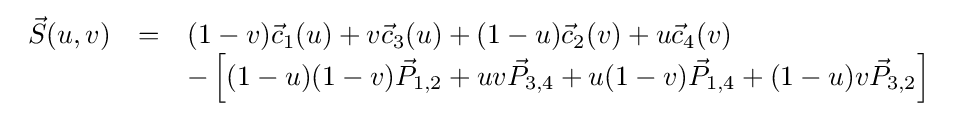
{\begin{array}{rcl}{\vec {S}}(u,v)&=&(1-v){\vec {c}}_{1}(u)+v{\vec {c}}_{3}(u)+(1-u){\vec {c}}_{2}(v)+u{\vec {c}}_{4}(v)\\&&-\left[(1-u)(1-v){\vec {P}}_{1,2}+uv{\vec {P}}_{3,4}+u(1-v){\vec {P}}_{1,4}+(1-u)v{\vec {P}}_{3,2}\right]\end{array}}